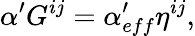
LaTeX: \alpha^{\prime}G^{ij}=\alpha_{eff}^{\prime}\eta^{ij},